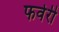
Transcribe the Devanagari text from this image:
फर्वरी